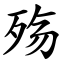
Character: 殇